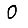
Digit: 0